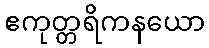
ဧကုတ္တရိကနယော